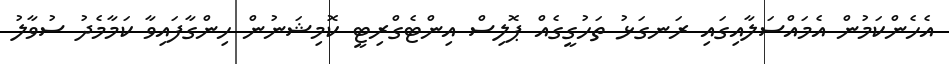
އެހެންކަމުން އެމައްސަލާއިގައި ރަނގަޅު ތަހުގީގެއް ޕޮލިސް އިންޓެގްރިޓީ ކޮމިޝަނުން ހިންގާފައިވާ ކަމާމެދު ސުވާލު